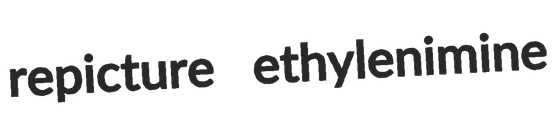
repicture ethylenimine